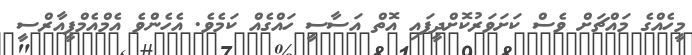
މީހެއްގެ މައްޗަށް ވެސް ކަށަވަރުކޮށްދީފައި އޮތް އަސާސީ ހައްގެއް ކަމެވެ. އެހެންވެ އެމްއެމްޕީއާރްސީ